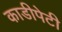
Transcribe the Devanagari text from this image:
काडीपेटी